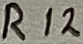
Text: R12